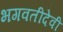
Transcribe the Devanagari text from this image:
भगवतीदेवी